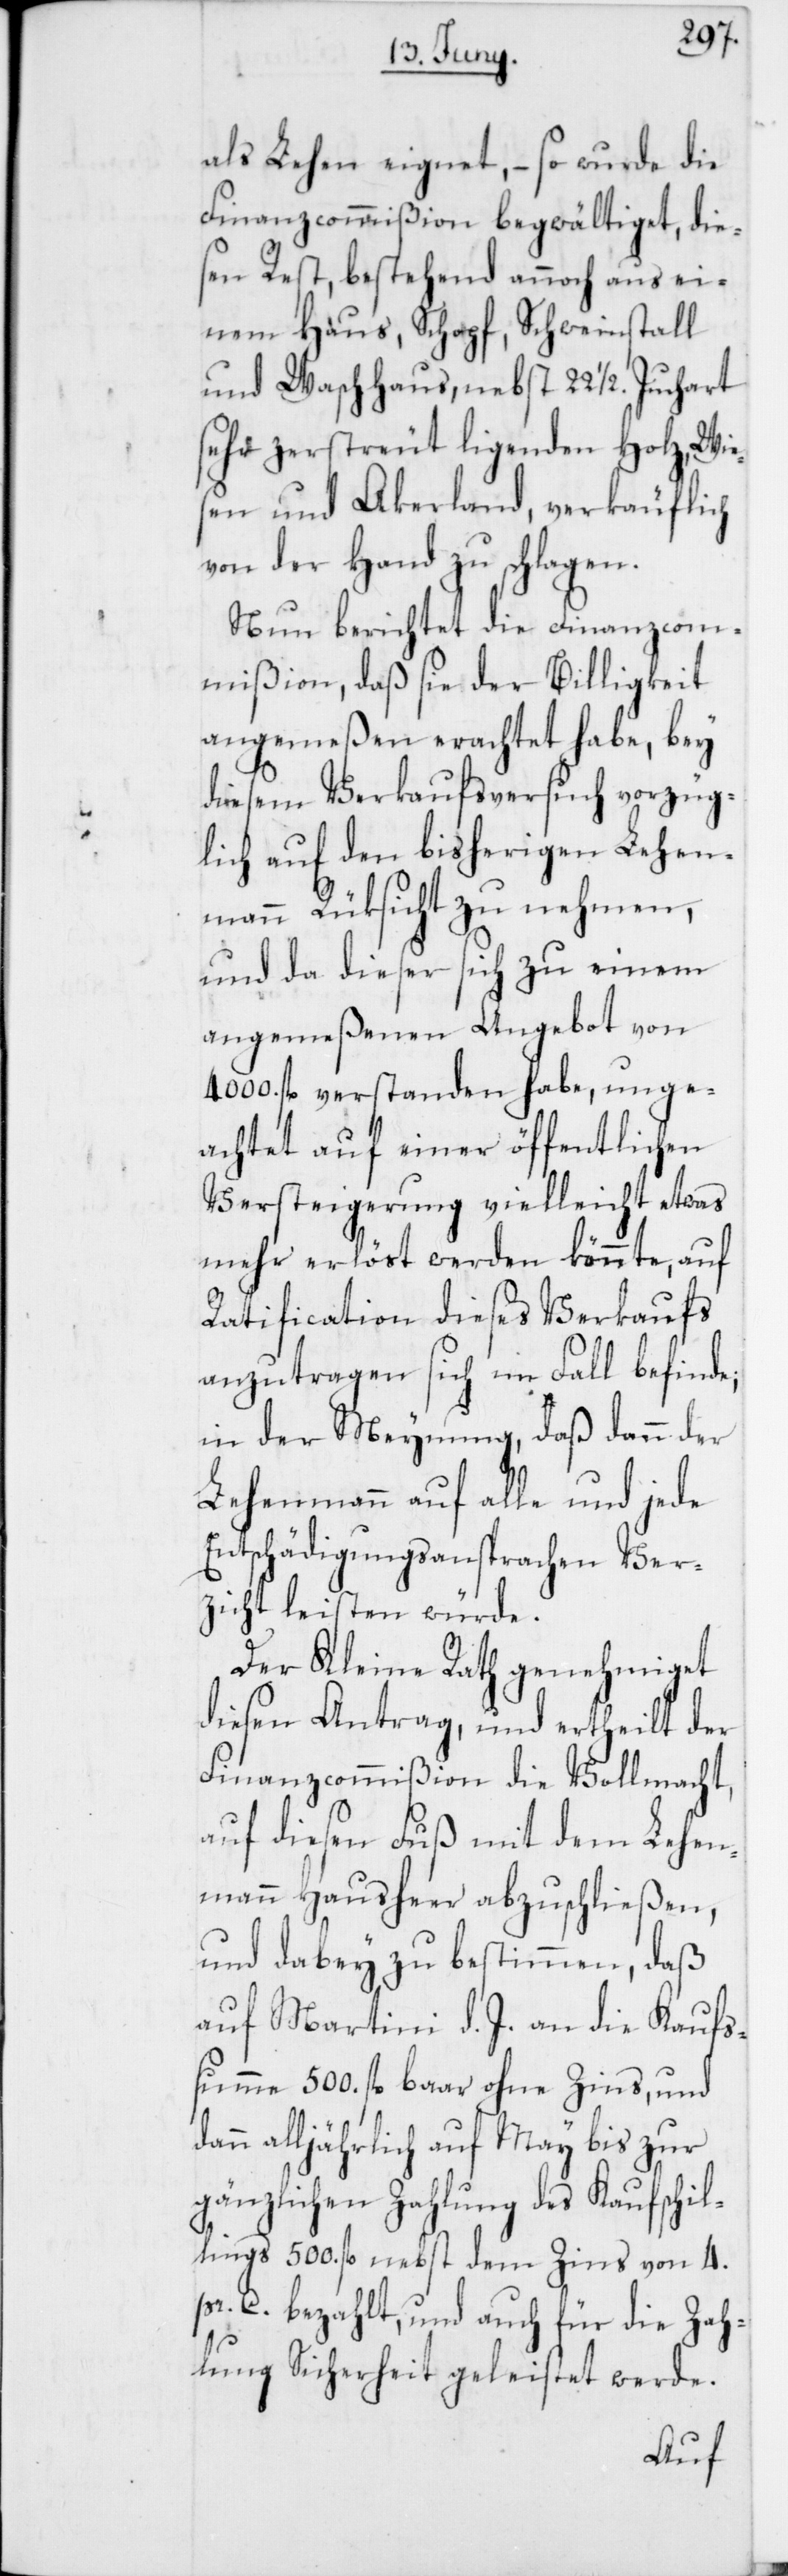
als Lehen eignet, – so wurde die
Finanzcommißion begwältiget, die¬
sen Rest, bestehend annoch aus ei¬
nem Haus, Schopf, Schweinstall
und Waschhaus, nebst 221/2. Juchart
sehr zerstreut ligenden Holz, Wie¬
sen und Akerland, verkäuflich
von der Hand zu schlagen.
Nun berichtet die Finanzcom¬
mißion, daß sie der Billigkeit
angemeßen erachtet habe, bey
diesem Verkaufsversuch vorzüg¬
lich auf den bisherigen Lehen¬
mann Rüksicht zu nehmen,
und da dieser sich zu einem
angemeßenen Angebot von
4000. fl. verstanden habe, unge¬
achtet auf einer öffentlichen
Versteigerung vielleich etwas
mehr erlöst werden könnte, auf
Ratification dieses Verkaufs
anzutragen sich im Fall befinde,
in der Meynung, daß dann der
Lehenmann auf alle und jede
Entschädigungsansprachen Ver¬
zicht leisten würde.
Der Kleine Rath genehmiget
diesen Antrag, und ertheilt der
Finanzcommißion die Vollmacht,
auf diesen Fuß mit dem Lehen¬
mann Hausheer abzuschließen,
und dabey zu bestimmen, daß
auf Martini d. J. an die Kaufs¬
summe 500. fl. baar ohne Zins, und
alljährlich auf May bis zur
gänzlichen Zahlung des Kaufschil¬
lings 500. fl. nebst dem Zins von 4.
pr. C. bezahlt, und auch für die Zah¬
lung Sicherheit geleistet werde.